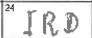
Transcription: IRD